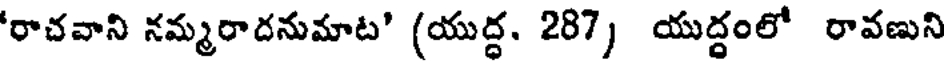
'రాచవాని నమ్మరాదనుమాట' (యుద్ధ. 287) యుద్ధంలో రావణుని